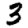
Digit: 3